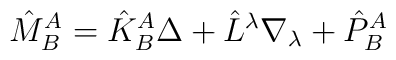
\hat{M}^A_B=\hat{K}^A_B \Delta+\hat{L}^\lambda\nabla_\lambda+\hat{P}^A_B